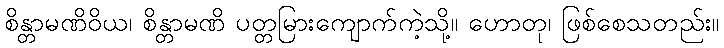
စိန္တာမဏိဝိယ၊ စိန္တာမဏိ ပတ္တမြားကျောက်ကဲ့သို့။ ဟောတု၊ ဖြစ်စေသတည်း။